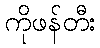
ကိုဖန်တီး